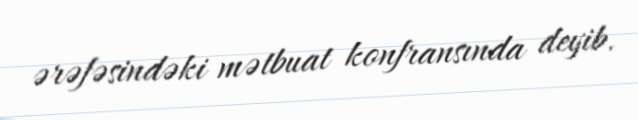
ərəfəsindəki mətbuat konfransında deyib.